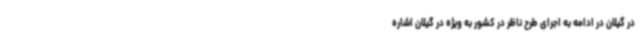
در گیلان در ادامه به اجرای طرح ناظر در کشور به ویژه در گیلان اشاره